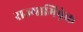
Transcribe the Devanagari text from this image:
राज्याभिषे़क